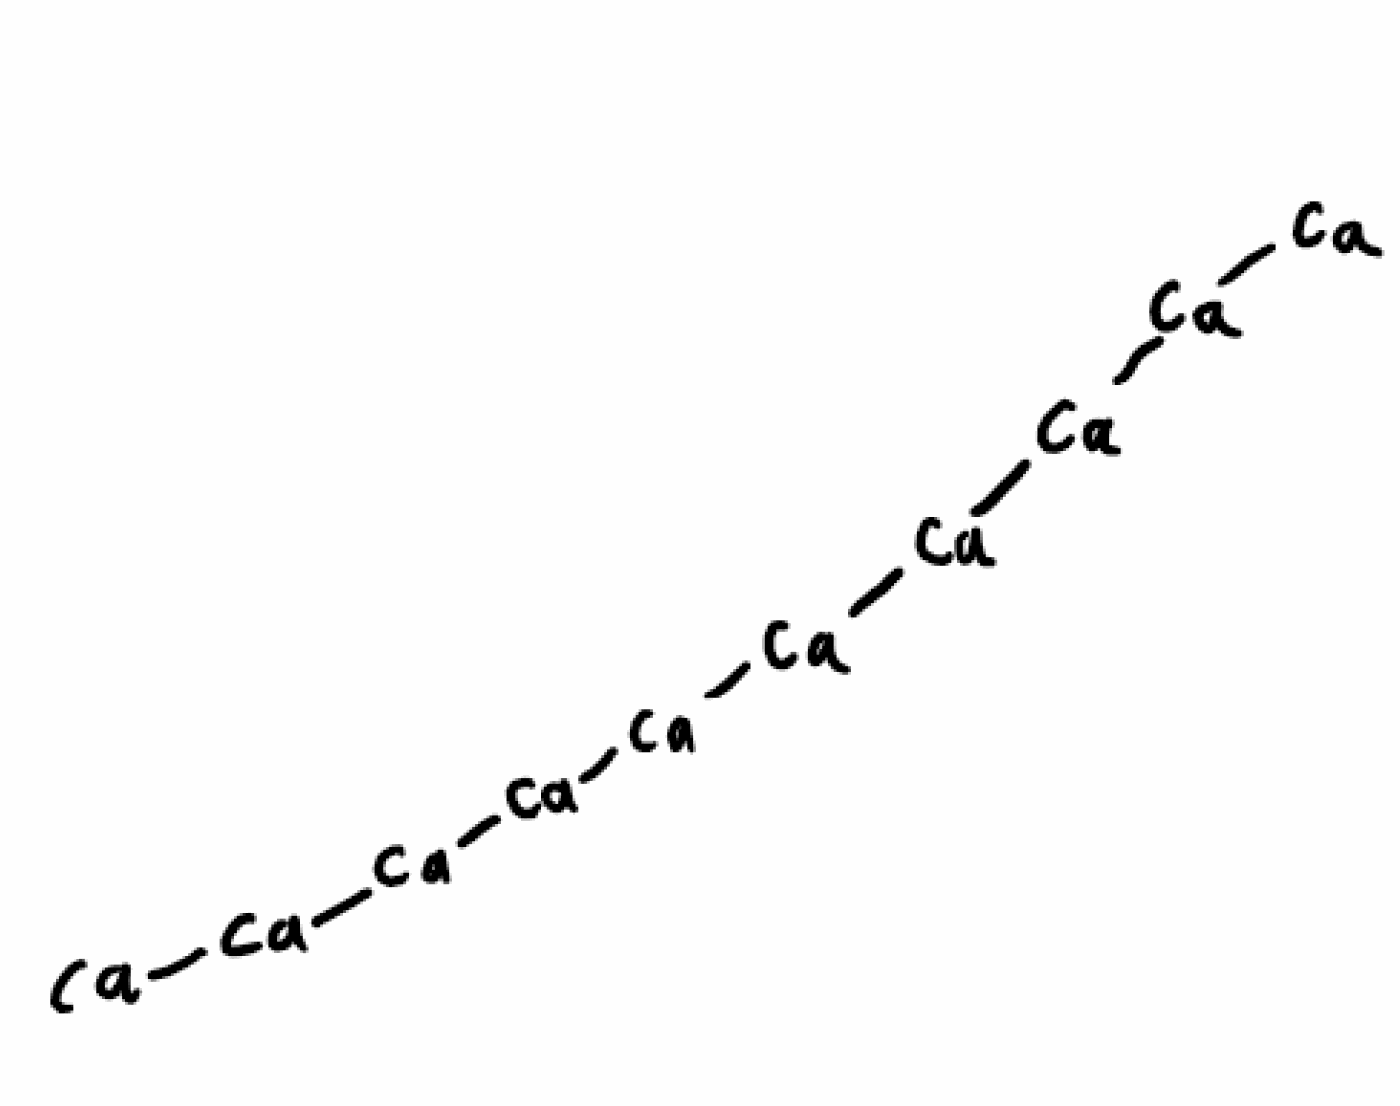
Simplified molecular-input line-entry system (SMILES) notation of the given molecule:
[Ca][Ca][Ca][Ca][Ca][Ca][Ca][Ca][Ca][Ca]